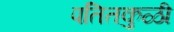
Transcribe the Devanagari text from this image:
पतितकुळी